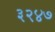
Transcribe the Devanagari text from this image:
३२४७